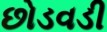
છોડવડી